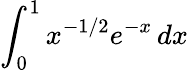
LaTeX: \int_{0}^{1}x^{-1/2}e^{-x}\, dx